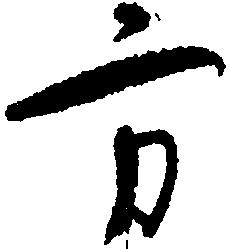
方